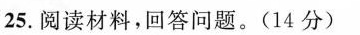
25.阅读材料，回答问题。(14分)